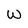
Character: w